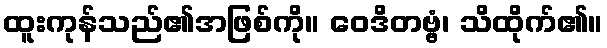
ထူးကုန်သည်၏အဖြစ်ကို။ ဝေဒိတဗ္ဗံ၊ သိထိုက်၏။